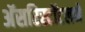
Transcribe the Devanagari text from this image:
अॅसरिस्टॉटलने